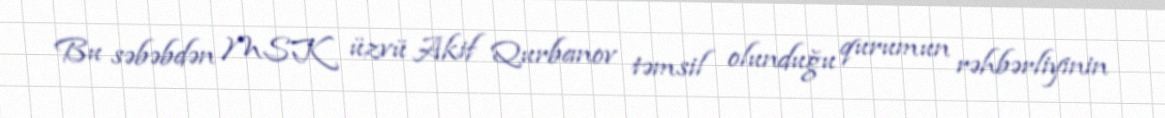
Bu səbəbdən MSK üzvü Akif Qurbanov təmsil olunduğu qurumun rəhbərliyinin